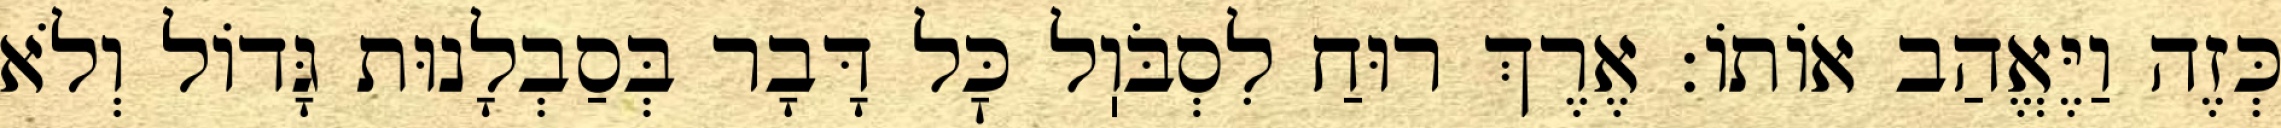
כְּזֶה וַיֶּאֱהַב אוֹתוֹ: אֶרֶךְ רוּחַ לִסְבֹּוֽל כׇּל דָּבָר בְּסַבְלָנוּת גָּדוֹל וְלֹא